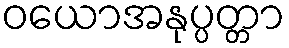
ဝယောအနုပ္ပတ္တာ